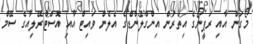
މޯގަން އާއި ރަޕީނޯގެ އިތުރުން އިންގްލެންޑްގެ އެލެން ވައިޓް އާއި އޮސްޓްރޭލިއާގެ ސޭމް